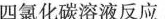
四氯化碳溶液反应